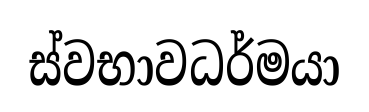
ස්වභාවධර්මයා